Annual report of the Punjab Veterinary College and of the Civil Veterinary Department, Punjab - 1920-1925
Year: 1920
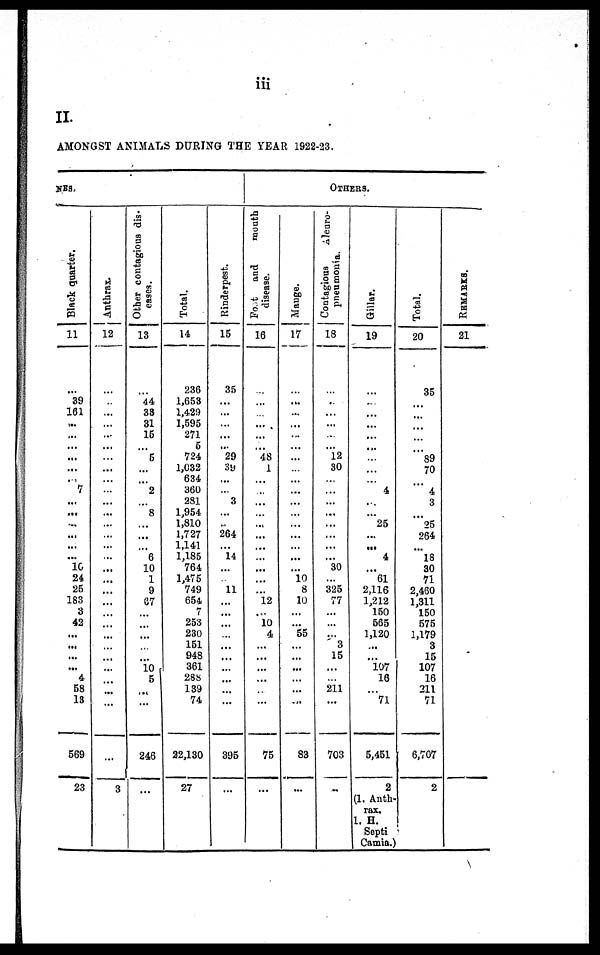
i i i
II.
AMONGST ANI MALS DURI NG T H E YEAR 1922- 23.
NES.
Black quarter.
1 1
...
3 9
1 6 1
... ...
... ...
. . .
... 7
...
... ...
. . .
. . .
... 1 0
2 4
2 5
1 8 3 3
4 2
... ... . . .
... 4
5 8
13
5 6 9
2 3
Anthrax.
1 2
...
... . . .
... . . .
... ...
. . .
. . .
. . .
. . .
. . .
. . .
. . .
. . .
. . .
... ...
. . .
. . .
...
... . . .
... ... . . .
... ... . . .
. . .
3
Other contagious dis-
eases.
1 3
...
4 4
3 3
3 1
1 5
. . . 5
. . .
. . . 2
... 8
...
... ... 6
1 0 1 9
67
. . .
... ...
... ... 1 0 5 ...
. . .
2 4 6
...
Total.
1 4
2 3 6
1 , 6 5 3
1 ,
4 2 9
1 ,
5 9 5
2 7 1 5
7 2 4
1 ,
0 3 2
6 3 4
3 6 0
2 8 1
1 , 9 5 4
1 ,
8 1 0
1 ,
7 2 7
1 , 1 4 1
1 , 1 8 5
7 6 4
1 , 4 7 5 7 4 9
6 5 4 7
2 5 3
2 3 0
1 5 1
9 4 8
3 6 1
2 8 8
1 3 9 7 4
22, 130
2 7
Rinderpest.
1 5
3 5
. . .
. . .
... . . .
... 2 9
39
...
... 3
. . .
...
2 6 4
. . . 1 4
. . .
1 1
. . .
... ... . . .
. . .
. . .
. . .
. . .
. . .
3 9 5
...
OTHERS.
Foot and mouth
disease.
1 6
...
. . .
... . . .
. . .
... 4 8 1
. . .
... . . .
. . .
. . .
. . .
. . .
. . .
... . . .
. . . 1 2
... 1 0 4
...
... ...
...
. . .
7 5
...
Mange.
1 7
...
... . . .
. . .
... . . .
. . .
... . . .
. . .
. . .
... . . .
. . .
. . .
...
... 10 8
1 0
. . .
. . . 5 5
. . .
. . .
...
. . .
...
. . .
8 3
...
Contagious Aleuro-
pneumonia.
1 8
...
...
...
... ...
. . . 1 2
30
... . . .
. . .
... . . .
. . .
. . .
. . . 3 0
. . .
3 2 5 7 7
. . .
. . .
. . . 3
1 5
. . .
2 1 1
...
7 0 3
...
Gillar.
1 9
...
... ... ...
...
... ... ... ... 4
...
... 2 5
. . .
... 4
... 6 1
2 , 1 1 6
1 , 2 1 2 1 5 0
5 6 5
1 ,
1 2 0
...
... 1 0 7 16
... 7 1
5 , 4 5 1
2
(1. Anth-
rax.
1. H.
Septi
Camia.)
Total.
2 0
3 5
... ... ... ... ... 8 9
7 0
... 4 3
... 2 5
2 6 4
. . . 1 8
3 0
7 1
2, 460
1 , 3 1 1
1 5 0
5 7 5
1 ,
1 7 9 3
1 5
1 0 7 1 6
2 1 1 7 1
6, 707
2
REMARKS.
2 1